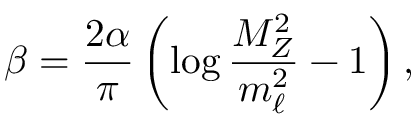
\beta = { \frac { 2 \alpha } { \pi } } \left( \log { \frac { M _ { Z } ^ { 2 } } { m _ { \ell } ^ { 2 } } } - 1 \right) ,